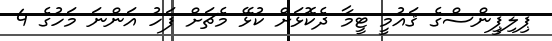
ޕިލިޕީންސްގެ ޤައުމީ ޓީމާ ދެކޮޅަށް ކުޅޭ މެޗަށް ފަހު އަންނަ މަހުގެ 4